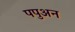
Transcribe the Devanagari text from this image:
पपुअन